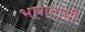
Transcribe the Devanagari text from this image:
भाराताची